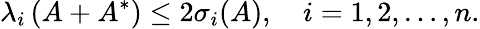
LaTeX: \lambda_{i}\left(A+A^{*}\right)\leq 2\sigma_{i}(A),\quad i=1,2,\ldots,n.